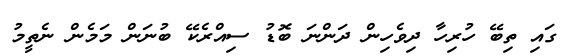
ގައި ތިބޭ ހުރިހާ ދިވެހިން ދަންނަ ބޮޑު ސިއްރެކޭ ބުނަން މަމެން ނެތީމު